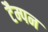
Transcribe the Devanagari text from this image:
टैम्पन